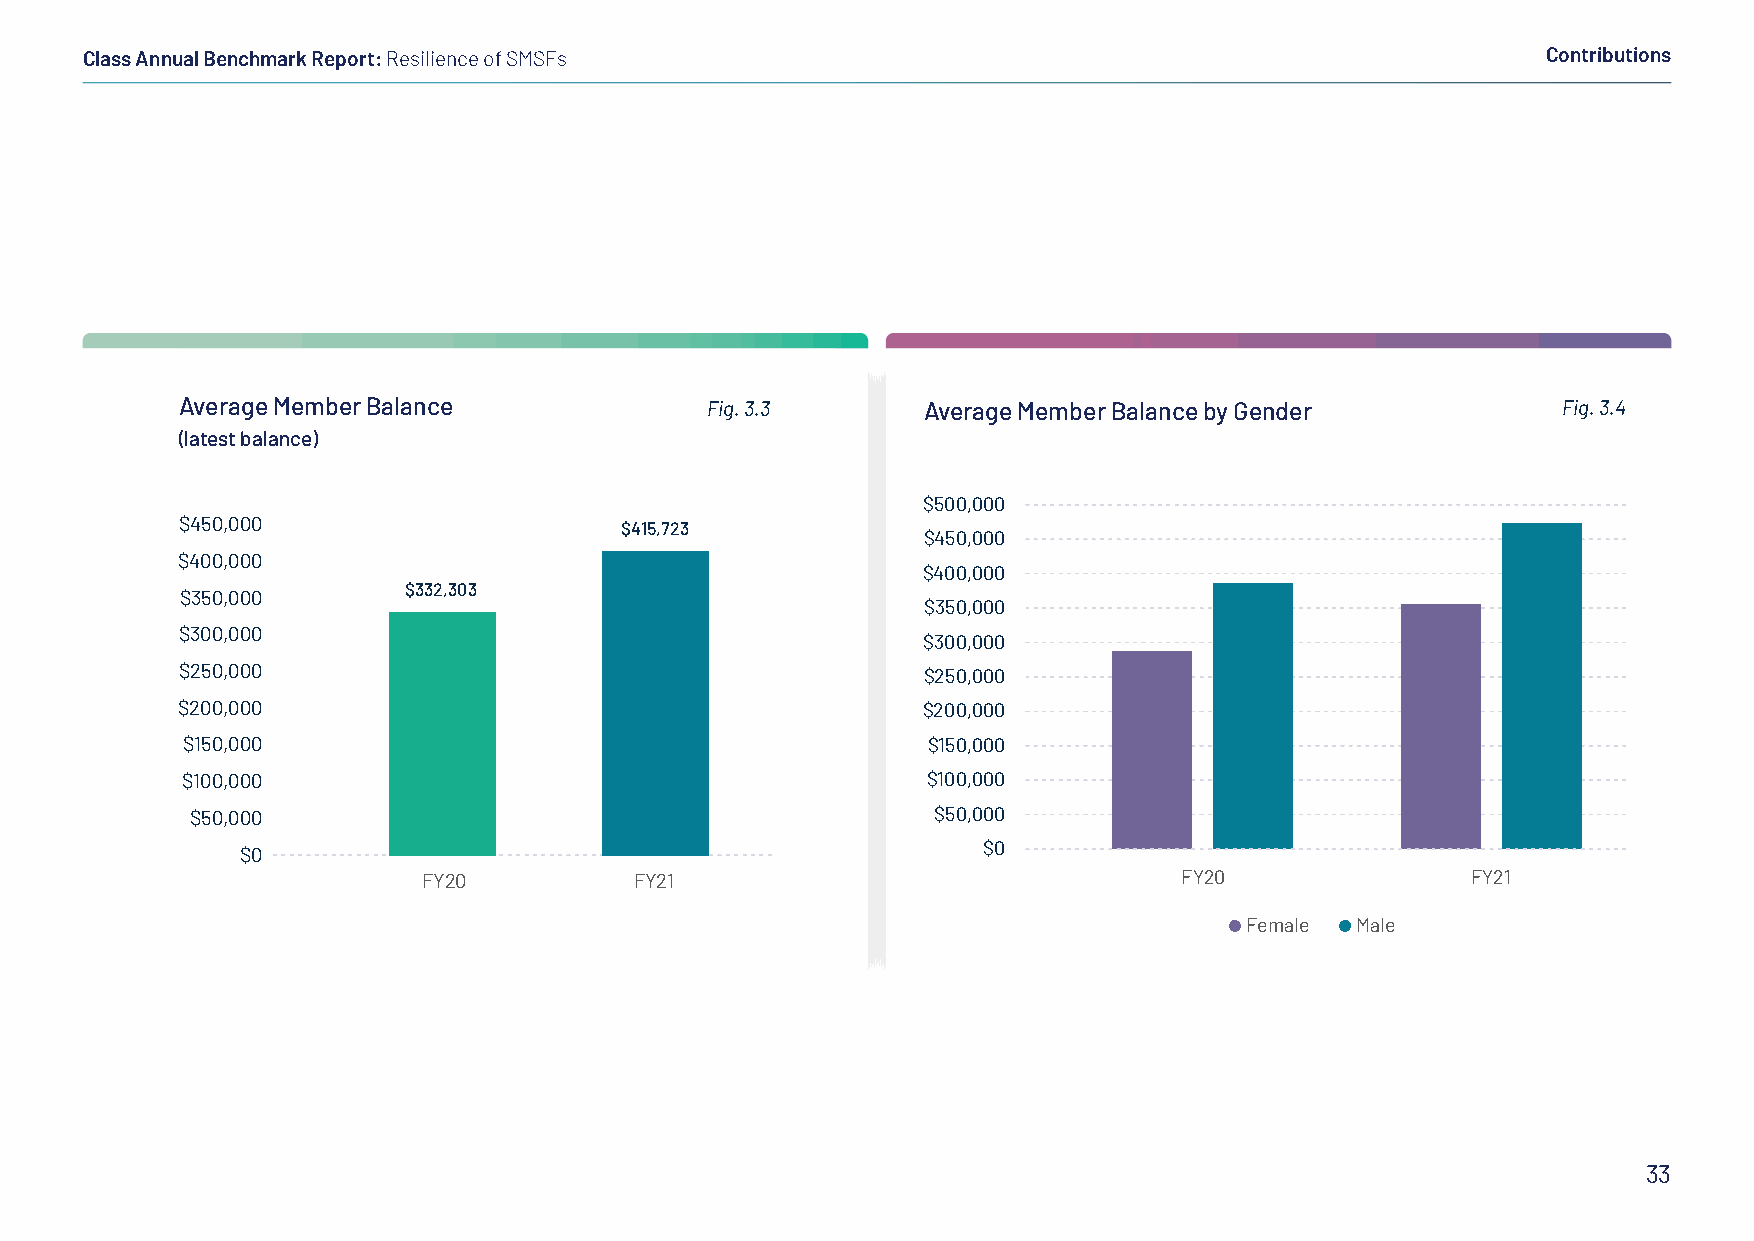
Class Annual Benchmark Report: Resilience of SMSFs                                               Contributions
 Average Member Balance             Fig. 3.3      Average Member Balance by Gender          Fig. 3.4
 (latest balance)
 $500,000
 $450,000                     $415,723.50
 $450,000
 $400,000
 $400,000
 $332,303.23
 $350,000
 $350,000
 $300,000
 $300,000
 $250,000                                         $250,000
 $200,000                                         $200,000
 $150,000                                         $150,000
 $100,000                                         $100,000
 $50,000                                          $50,000
 $0                                               $0
 FY20          FY21                                FY20               FY21
 Female  Male
 33